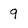
Character: 9